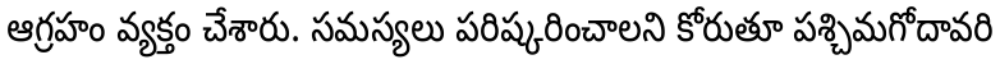
ఆగ్రహం వ్యక్తం చేశారు. సమస్యలు పరిష్కరించాలని కోరుతూ పశ్చిమగోదావరి